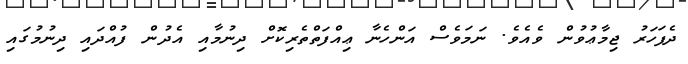
ދެފަހަރު ޖިމާޢުވުން ވެއެވެ. ނަމަވެސް އަންހެނާ ޢިއްފަތްތެރިކޮށް ދިނުމާއި އެދުން ފުއްދައި ދިނުމުގައި